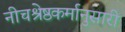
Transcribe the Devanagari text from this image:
नीचश्रेष्ठकर्मानुसारी